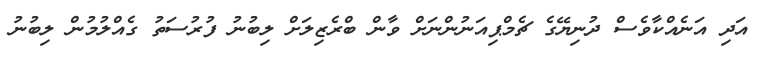
އަދި އަނެއްކާވެސް ދުނިޔޭގެ ޗެމްޕިއަނުންނަށް ވާން ބްރެޒިލަށް ލިބުނު ފުރުސަތު ގެއްލުމުން ލިބުނު